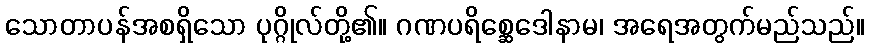
သောတာပန်အစရှိသော ပုဂ္ဂိုလ်တို့၏။ ဂဏပရိစ္ဆေဒေါနာမ၊ အရေအတွက်မည်သည်။